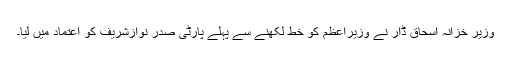
وزیر خزانہ اسحاق ڈار نے وزیراعظم کو خط لکھنے سے پہلے پارٹی صدر نوازشریف کو اعتماد میں لیا۔